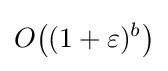
O{\mathord {\left((1+\varepsilon )^{b}\right)}}